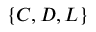
\{ C , D , L \}